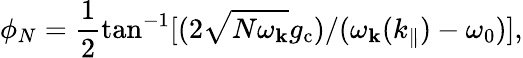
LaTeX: \phi_{N}=\frac{1}{2}\tan^{-1}[(2\sqrt{N\omega_{\mathbf k}}g_{\mathrm{c}})/(\omega_{\mathbf k}(k_{\parallel})-\omega_{0})],